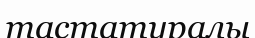
тастатуралы